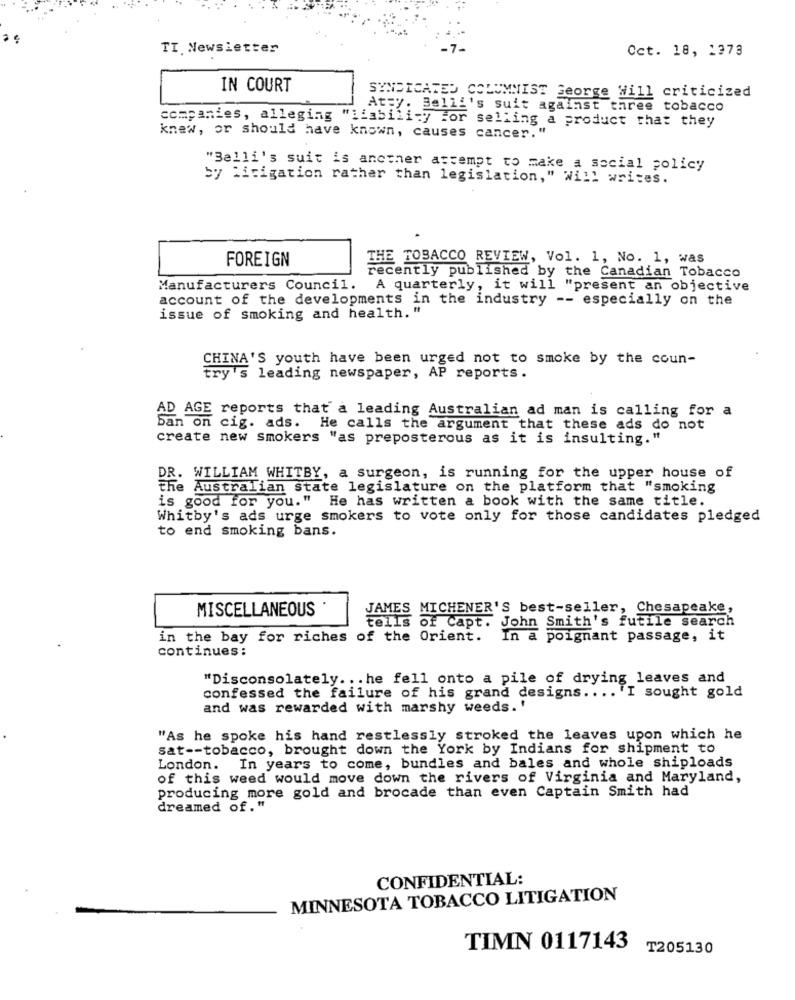
TI Newsletter
Oct. 18, 1373
IN COURT
SYNDICATED COLUMNIST George Will criticized
At=y. Belli's suit against three tobacco
companies, alleging
"liability For selling a product that they
knew, or should have known, causes cancer. "
"Belli's suit is another attempt to make a social policy
by Litigation rather than legislation," Will writes.
FOREIGN
THE TOBACCO REVIEW, Vol. 1, No. 1, was
recently published by the Canadian Tobacco
Manufacturers Council.
A quarterly, it will "present an objective
account of the developments in the industry -- especially on the
issue of smoking and health. "
CHINA'S youth have been urged not to smoke by the coun-
try's leading newspaper, AP reports.
reports that a leading Australian ad man is calling for a
Ban on cig. ads. He calls the argument that these ads do not
create new smokers "as preposterous as it is insulting."
DR. WILLIAM WHITBY, a surgeon, is running for the upper house of
the Australian state legislature on the platform that "smoking
is good for you." He has written a book with the same title.
Whitby's ads urge smokers to vote only for those candidates pledged
to end smoking bans.
MISCELLANEOUS *
JAMES MICHENER'S best-seller, Chesapeake,
tells of Capt. John Smith's futile search
in the bay for riches of the Orient.
In a poignant passage, it
continues:
"Disconsolately ... he fell onto a pile of drying_leaves and
confessed the failure of his grand designs .... I sought gold
and was rewarded with marshy weeds. '
"As he spoke his hand restlessly stroked the leaves upon which he
sat -- tobacco, brought down the York by Indians for shipment to
London.
In years to come, bundles and bales and whole shiploads
of this weed would move down the rivers of Virginia and Maryland,
producing more gold and brocade than even Captain Smith had
dreamed of."
CONFIDENTIAL:
MINNESOTA TOBACCO LITIGATION
TIMN 0117143
T205130